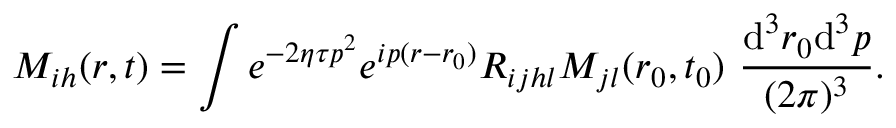
M _ { i h } ( r , t ) = \int e ^ { - 2 \eta \tau \boldsymbol { p ^ { 2 } } } e ^ { i \boldsymbol { p } ( \boldsymbol { r } - \boldsymbol { r } _ { 0 } ) } R _ { i j h l } M _ { j l } ( r _ { 0 } , t _ { 0 } ) ~ \frac { \mathrm { d } ^ { 3 } \boldsymbol { r } _ { 0 } \mathrm { d } ^ { 3 } \boldsymbol { p } } { ( 2 \pi ) ^ { 3 } } .